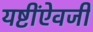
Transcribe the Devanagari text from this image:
यष्टींऐवजी